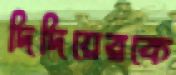
দিদিয়েরকে